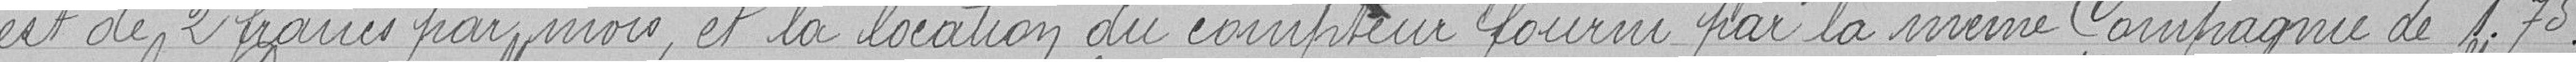
est de 2 francs par mois, et la location du compteur fourni par la même compagnie de 1,75 francs.